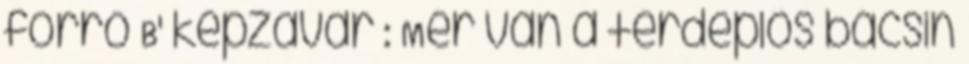
forró B' képzavar : Mér van a térdeplős bácsin